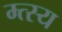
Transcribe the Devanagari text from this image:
म्त्स्य